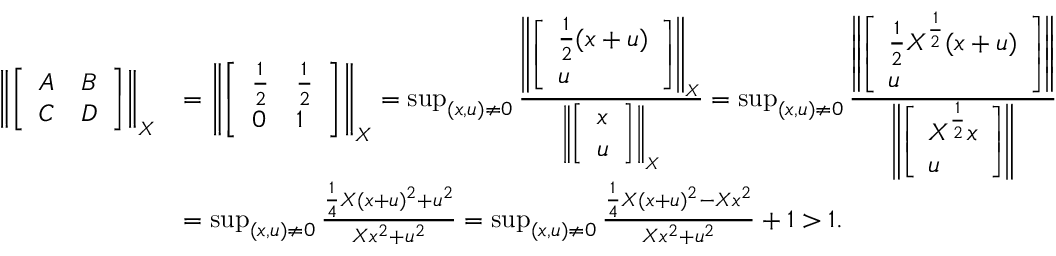
\begin{array} { r l } { \left\| \left[ \begin{array} { l l } { A } & { B } \\ { C } & { D } \end{array} \right] \right\| _ { X } } & { = \left\| \left[ \begin{array} { l l } { \frac { 1 } { 2 } } & { \frac { 1 } { 2 } } \\ { 0 } & { 1 } \end{array} \right] \right\| _ { X } = \operatorname* { s u p } _ { ( x , u ) \neq 0 } \frac { \left\| \left[ \begin{array} { l } { \frac { 1 } { 2 } ( x + u ) } \\ { u } \end{array} \right] \right\| _ { X } } { \left\| \left[ \begin{array} { l } { x } \\ { u } \end{array} \right] \right\| _ { X } } = \operatorname* { s u p } _ { ( x , u ) \neq 0 } \frac { \left\| \left[ \begin{array} { l } { \frac { 1 } { 2 } X ^ { \frac 1 2 } ( x + u ) } \\ { u } \end{array} \right] \right\| } { \left\| \left[ \begin{array} { l } { X ^ { \frac 1 2 } x } \\ { u } \end{array} \right] \right\| } } \\ & { = \operatorname* { s u p } _ { ( x , u ) \neq 0 } \frac { \frac { 1 } { 4 } X ( x + u ) ^ { 2 } + u ^ { 2 } } { X x ^ { 2 } + u ^ { 2 } } = \operatorname* { s u p } _ { ( x , u ) \neq 0 } \frac { \frac { 1 } { 4 } X ( x + u ) ^ { 2 } - X x ^ { 2 } } { X x ^ { 2 } + u ^ { 2 } } + 1 > 1 . } \end{array}